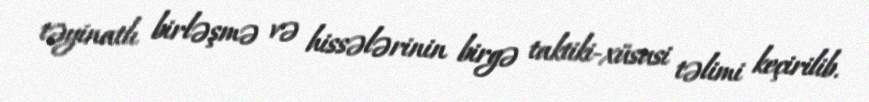
təyinatlı birləşmə və hissələrinin birgə taktiki-xüsusi təlimi keçirilib.